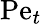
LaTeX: \mathrm{Pe}_{t}